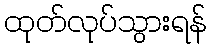
ထုတ်လုပ်သွားရန်